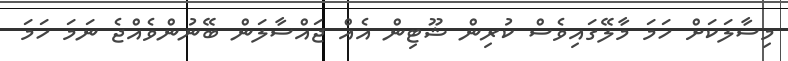
މިސާލަކަށް ހަމަ މާލޭގައިވެސް ކުރިން ޝޫޓިން އެއް ޖައްސާލަން ބޭނުންވެއްޖެ ނަމަ ހަމަ